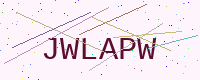
Text: JWLAPW